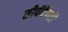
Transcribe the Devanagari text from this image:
सीपीऍमटी